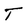
Character: T